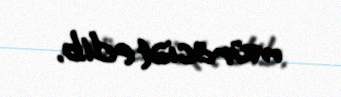
müraciət edib.